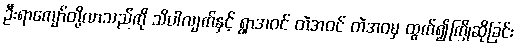
ဦးရာကျော်တို့လာသည်ကို သိပါလျက်နှင့် ရွာအဝင် တဲအဝင် တဲအဝမှ ထွက်၍ကြိုဆိုခြင်း